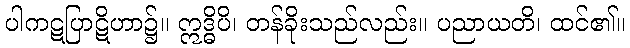
ပါကဋပြာဋိဟာ၌။ ဣဒ္ဓိပိ၊ တန်ခိုးသည်လည်း။ ပညာယတိ၊ ထင်၏။